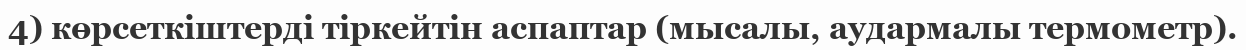
4) көрсеткіштерді тіркейтін аспаптар (мысалы, аудармалы термометр).